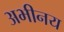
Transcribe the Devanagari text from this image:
अभीनय